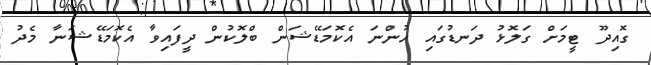
ގޮއިދޫ ޓީމަށް ގަލޮޅު ދަނޑުގައި ހުންނަ އެކޮމަޑޭޝަން ބްލޮކުން ދީފައިވާ އެކޮމަޑޭޝަނާ މެދު